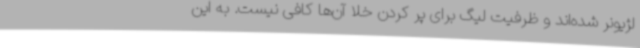
لژیونر شده‌اند و ظرفیت لیگ برای پر کردن خلا آن‌ها کافی نیست. به این